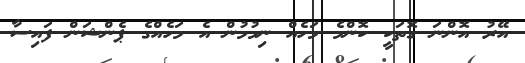
އޭރު އޮންނަ ގޮތަކީ ކޮންމެ މަހެއް ނިމުމުން އެ މަހެއްގެ ޕެންޝަން ފައިސާ